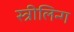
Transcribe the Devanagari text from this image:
स्त्रीलिन्ग